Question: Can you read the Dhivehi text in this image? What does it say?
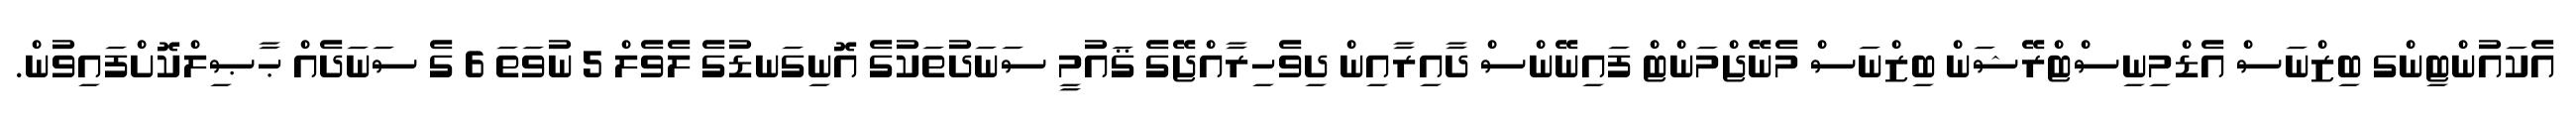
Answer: އެކައުންޓިންގ ބިޒްނަސް އެޑްމިނިސްޓްރޭޝަން ބިޒްނަސް މެނޭޖްމަންޓް ފައިނޭންސް ދާއިރާއިން ދިވެހިރާއްޖޭގެ ޤައުމީ ސަނަދުތަކުގެ އޮނިގަނޑުގެ ލެވެލް 5 ނުވަތަ 6 ގެ ސަނަދެއް ޙާޞިލްކޮށްފައިވުން.